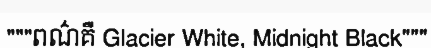
"""ពណ៌គឺ Glacier White, Midnight Black"""